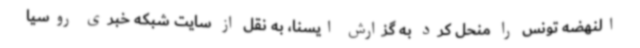
النهضه تونس را منحل کرد به گزارش ایسنا، به نقل از سایت شبکه خبری روسیا